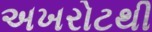
અખરોટથી